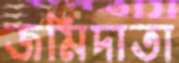
জমিদাতা